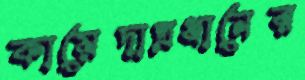
কায়েদাপ্রধানের